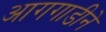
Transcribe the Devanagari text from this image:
आगगाडीने